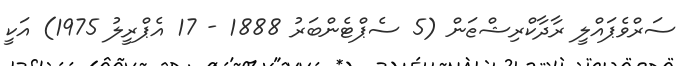
ސަރްވެޕައްލީ ރާދާކްރިޝްޱަން (5 ސެޕްޓެންބަރު 1888 - 17 އެޕްރީލު 1975) އަކީ